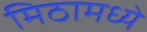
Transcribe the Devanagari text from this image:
मिठामध्ये